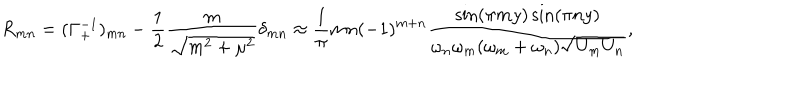
R _ { m n } = ( \Gamma _ { + } ^ { - 1 } ) _ { m n } - \frac { 1 } { 2 } \frac { m } { \sqrt { m ^ { 2 } + \mu ^ { 2 } } } \delta _ { m n } \approx \frac { 1 } { \pi } m n ( - 1 ) ^ { m + n } \frac { \sin ( \pi m y ) \sin ( \pi n y ) } { \omega _ { n } \omega _ { m } ( \omega _ { m } + \omega _ { n } ) \sqrt { U _ { m } U _ { n } } } ,